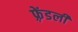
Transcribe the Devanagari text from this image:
फ़्रेंडली